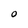
Character: 0